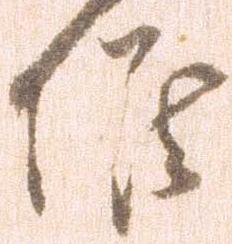
候